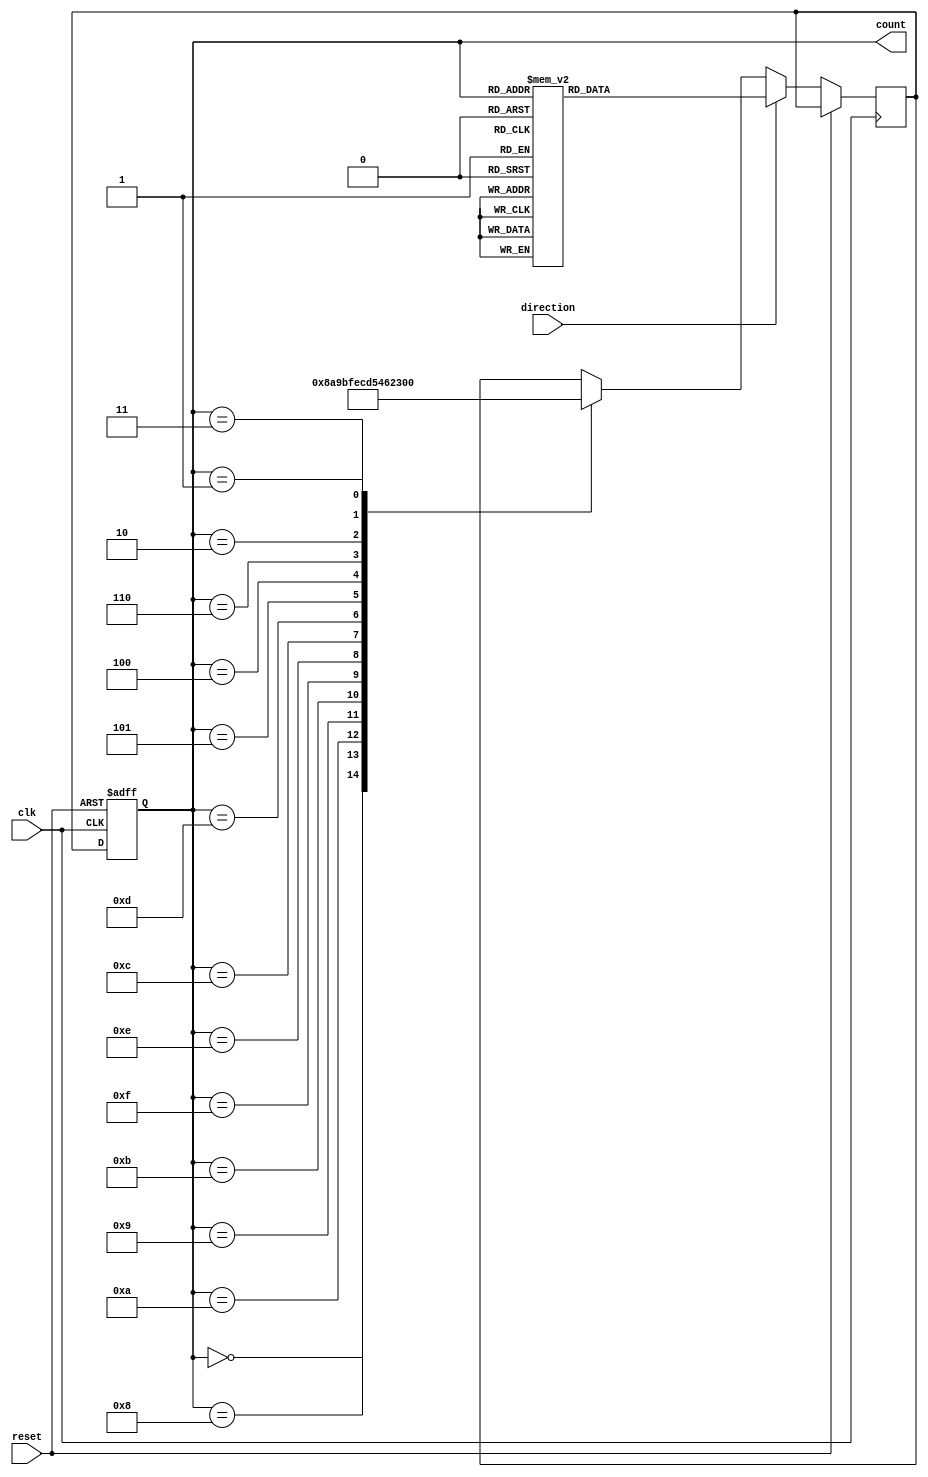
module Gray_Counter(
    input wire clk,      // Clock input
    input wire reset,    // Reset input
    input wire direction, // Direction input: 0 for increment, 1 for decrement
    output reg [3:0] count // 4-bit Gray code count output
);

reg [3:0] next_count;

always @ (posedge clk or posedge reset) begin
    if (reset) begin
        count <= 4'b0000;
    end else begin
        if (direction) begin
            case(count)
                4'b0000: next_count <= 4'b0001;
                4'b0001: next_count <= 4'b0011;
                4'b0011: next_count <= 4'b0010;
                4'b0010: next_count <= 4'b0110;
                4'b0110: next_count <= 4'b0111;
                4'b0111: next_count <= 4'b0101;
                4'b0101: next_count <= 4'b0100;
                4'b0100: next_count <= 4'b1100;
                4'b1100: next_count <= 4'b1101;
                4'b1101: next_count <= 4'b1111;
                4'b1111: next_count <= 4'b1110;
                4'b1110: next_count <= 4'b1010;
                4'b1010: next_count <= 4'b1011;
                4'b1011: next_count <= 4'b1001;
                4'b1001: next_count <= 4'b1000;
                4'b1000: next_count <= 4'b0000;
            endcase
        end else begin
            case(count)
                4'b0000: next_count <= 4'b1000;
                4'b1000: next_count <= 4'b1010;
                4'b1010: next_count <= 4'b1001;
                4'b1001: next_count <= 4'b1011;
                4'b1011: next_count <= 4'b1111;
                4'b1111: next_count <= 4'b1110;
                4'b1110: next_count <= 4'b1100;
                4'b1100: next_count <= 4'b1101;
                4'b1101: next_count <= 4'b0101;
                4'b0101: next_count <= 4'b0100;
                4'b0100: next_count <= 4'b0110;
                4'b0110: next_count <= 4'b0010;
                4'b0010: next_count <= 4'b0011;
                4'b0011: next_count <= 4'b0001;
                4'b0001: next_count <= 4'b0000;
            endcase
        end
        count <= next_count;
    end
end

endmodule